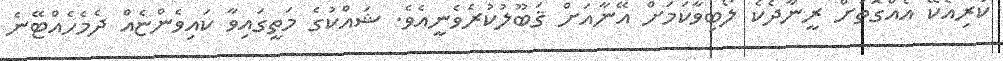
ކުރިއެކޭ އެއްގޮތަށް ރީނާދެކެ ލޯބިވާކަމަށް އޭނާއަށް ޤަބޫލުކުރެވެނީއެވެ. ޝައްކުގެ މަތީގައިވާ ކައިވެންޏެއް ދެމެހެއްޓޭނެ